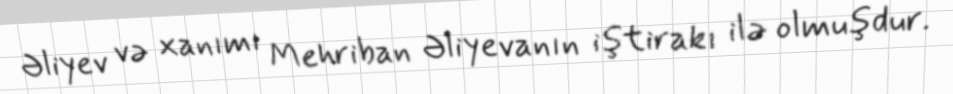
Əliyev və xanımı Mehriban Əliyevanın iştirakı ilə olmuşdur.